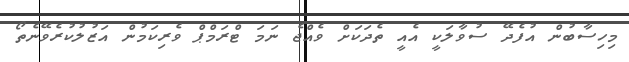
މިހިސާބުން އުފެދޭ ސުވާލަކީ އެއީ ތެދަކަށް ވެއްޖެ ނަމަ ޓްރަމްޕް ވެރިކަމުން އަޒުލުކުރެވޭނެތޯ